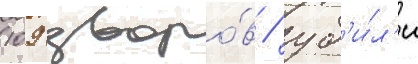
109 дворо́в / уб'и́л'и